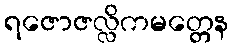
ရဇောဇလ္လိကမတ္တေန